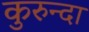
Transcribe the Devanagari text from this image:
कुरुन्दा